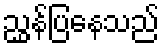
ညွှန်ပြနေသည်